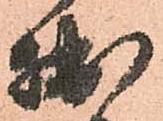
拙